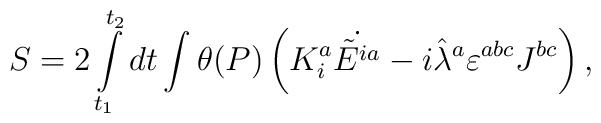
S=2\int\limits_{t_1}^{t_2}dt\int\theta(P)\left(K^a_i\dot{\tilde E^{ia}}-i\hat\lambda^a\varepsilon^{abc}J^{bc}\right),